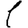
Digit: 1